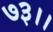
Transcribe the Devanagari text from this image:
७३।।